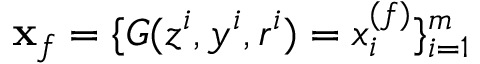
\mathbf { x } _ { f } = \{ G ( z ^ { i } , y ^ { i } , r ^ { i } ) = x _ { i } ^ { ( f ) } \} _ { i = 1 } ^ { m }